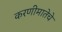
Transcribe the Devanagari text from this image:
करणीमातेचे